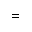
=